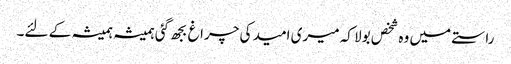
راستے میں وہ شخص بولا کہ میری امید کی چراغ بجھ گئی ہمیشہ ہمیشہ کے لئے۔